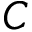
C